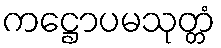
ကဋ္ဌောပမသုတ္တံ